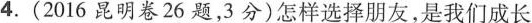
4.(2016昆明卷26题，3分)怎样选择朋友，是我们成长